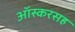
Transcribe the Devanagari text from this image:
ऑस्करसह